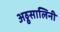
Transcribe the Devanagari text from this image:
अठ्ठसालिनी